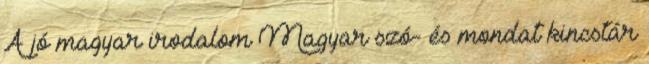
A jó magyar irodalom Magyar szó- és mondat kincstár